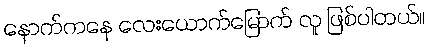
နောက်ကနေ လေးယောက်မြောက် လူ ဖြစ်ပါတယ်။